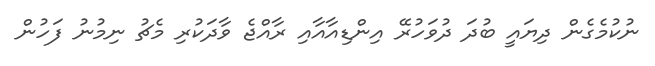
ނުކުމެގެން ދިޔައީ ބުދަ ދުވަހުރޭ އިންޑިއާއާއި ރާއްޖެ ވާދަކުރި މެޗު ނިމުނު ފަހުން